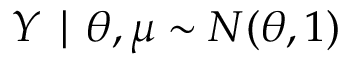
Y \mid \theta , \mu \sim N ( \theta , 1 )